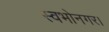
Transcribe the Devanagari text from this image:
स्वभोनगर।